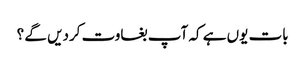
بات یوں ہے کہ آپ بغاوت کردیں گے ؟